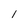
Character: l